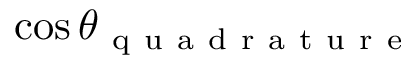
\cos { \theta _ { \mathrm { ~ q ~ u ~ a ~ d ~ r ~ a ~ t ~ u ~ r ~ e ~ } } }